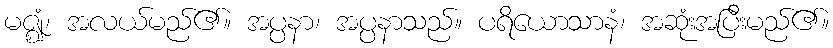
မဇ္ဈံ၊ အလယ်မည်၏။ အပ္ပနာ၊ အပ္ပနာသည်။ ပရိယောသာနံ၊ အဆုံးအပြီးမည်၏။